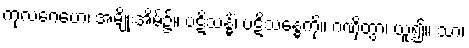
ကုလဂေဟေ၊ အမျိုးအိမ်၌။ ပဋိသန္ဓိံ၊ ပဋိသန္ဓေကို။ ဂဏှိတွာ၊ ယူ၍။ သာ၊